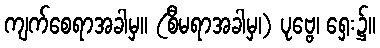
ကျက်စေရာအခါမှ။ (စီမရာအခါမှ၊) ပုဗ္ဗေ၊ ရှေး၌။